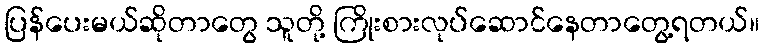
ပြန်ပေးမယ်ဆိုတာတွေ သူတို့ ကြိုးစားလုပ်ဆောင်နေတာတွေ့ရတယ်။